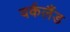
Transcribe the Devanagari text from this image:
वर्कलैंड